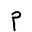
Letter: _mim